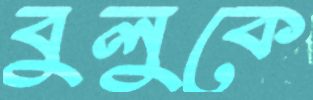
বুলুকে